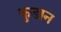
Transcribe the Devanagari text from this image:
कुडान